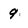
Character: 9